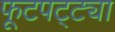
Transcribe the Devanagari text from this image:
फूटपट्ट्या